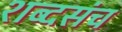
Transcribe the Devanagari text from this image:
शब्दसंच